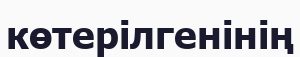
көтерілгенінің